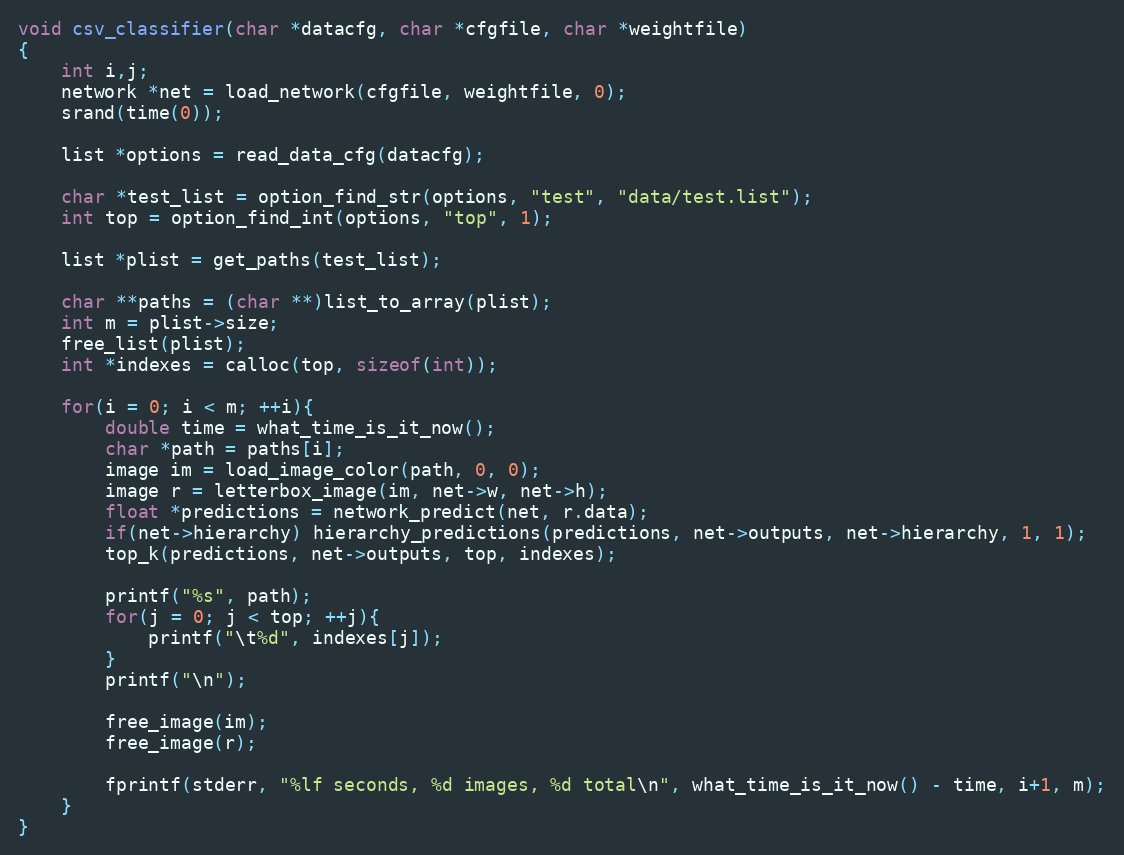
Language: C
void csv_classifier(char *datacfg, char *cfgfile, char *weightfile)
{
    int i,j;
    network *net = load_network(cfgfile, weightfile, 0);
    srand(time(0));

    list *options = read_data_cfg(datacfg);

    char *test_list = option_find_str(options, "test", "data/test.list");
    int top = option_find_int(options, "top", 1);

    list *plist = get_paths(test_list);

    char **paths = (char **)list_to_array(plist);
    int m = plist->size;
    free_list(plist);
    int *indexes = calloc(top, sizeof(int));

    for(i = 0; i < m; ++i){
        double time = what_time_is_it_now();
        char *path = paths[i];
        image im = load_image_color(path, 0, 0);
        image r = letterbox_image(im, net->w, net->h);
        float *predictions = network_predict(net, r.data);
        if(net->hierarchy) hierarchy_predictions(predictions, net->outputs, net->hierarchy, 1, 1);
        top_k(predictions, net->outputs, top, indexes);

        printf("%s", path);
        for(j = 0; j < top; ++j){
            printf("\t%d", indexes[j]);
        }
        printf("\n");

        free_image(im);
        free_image(r);

        fprintf(stderr, "%lf seconds, %d images, %d total\n", what_time_is_it_now() - time, i+1, m);
    }
}